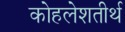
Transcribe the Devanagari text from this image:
कोहलेशतीर्थ